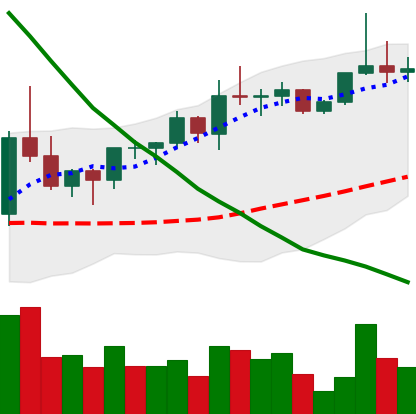
Ticker: XRP-USD
Chart end date: 2022-03-30
Forward return: -3.899%
Label: down_3_5